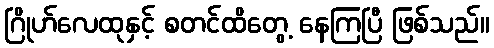
ဂြိုဟ်လေထုနှင့် စတင်ထိတွေ့ နေကြပြီ ဖြစ်သည်။